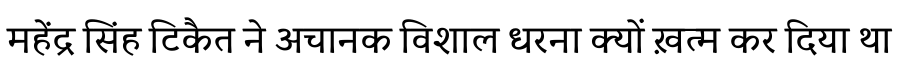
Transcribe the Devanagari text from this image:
महेंद्र सिंह टिकैत ने अचानक विशाल धरना क्यों ख़त्म कर दिया था